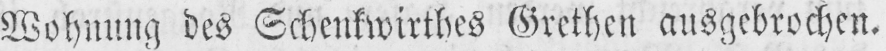
Wohnung des Schenkwirthes Grethen ausgebrochen.